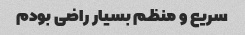
سریع و منظم بسیار راضی بودم